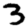
Digit: 3